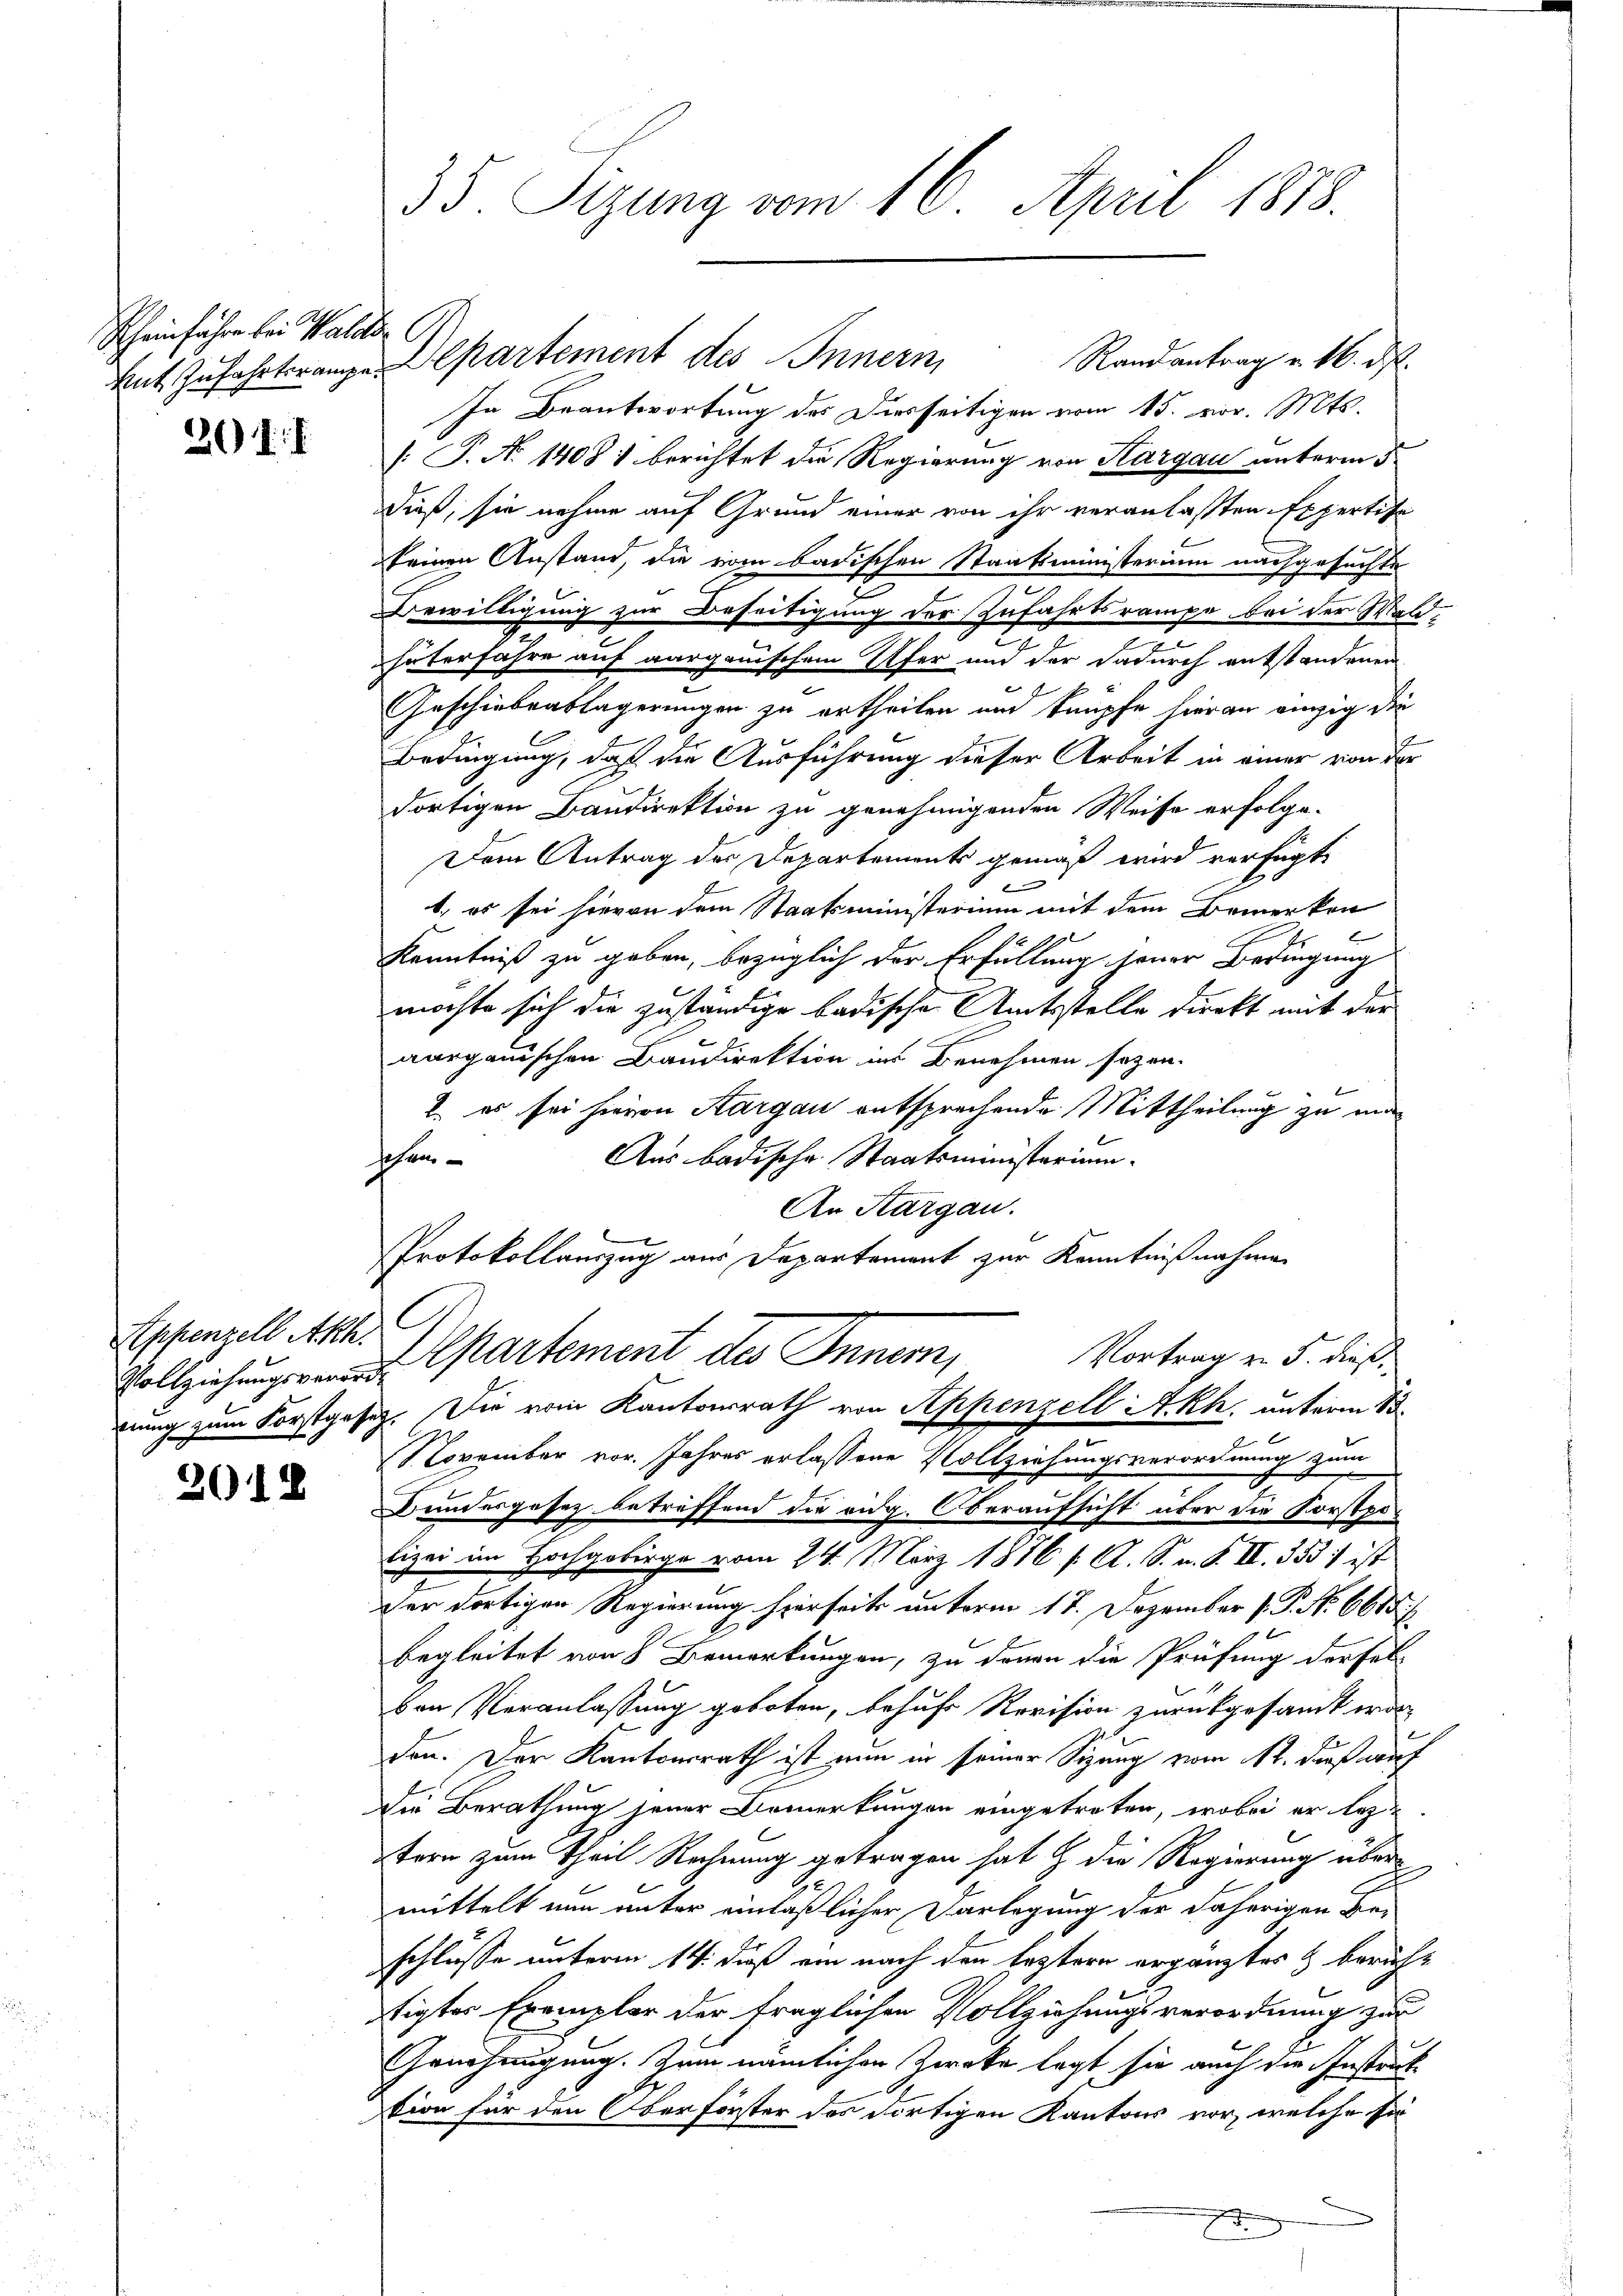
Rheinfahre bei Walde

20). I

Appenzell Akh.

201.

.

35. Sizung vom 16. April 1878.

Randantrag u. 16. ds.
In Beantwortung des Diesseitigen vom 15. vor. Mts.
[: P. No 1408. berichtet die Regierung von Sargau unterm 5.
dieß, sie nahme auf Grund einer von ihr veranlaßten Expertisa
keinen Anstand, die vom badischen Staatsministerium nachgesuchte
Bewilligung zur Beseitigung der Zufahrtsrampe bei der Wald-
häterfahre auf aargauischem Ufer und der dadurch entstandenen
Geschiebenslagerungen zu ertheilen und knüpfe hieran einzig die
Bedingung, daß die Ausführung dieser Arbeit in einer von der
dortigen Bandirektion zu genehmigenden Weise erfolge-
Dem Antrag der Departements gemäß wird verfügt
f
1, er sei hievon dem Staatsministerium mit dem Bemerken
Kenntniß zu geben, bezüglich der Erfüllung jener Bedingung
möchte sich die zuständige badische Amtsstelle direkt mit der
aargauischen Baudirektion ins Benehmen sogen.
2. es sei hievon Aargau entsprechende Mittheilung zu ma¬
Aus badische Staatsministerium.
schein¬
An Kargau.

Protokollauszug aus Departement zur Kenntnißnahme
C
Vortrag v. J. dieß,
Vollziehung der Partement des Inner,
zung zum Forstgesetz. Die vom Kantonsrath von Appenzell A.Rh. unterm 13.
2
November vor. Jahres erlassene Vollziehungsverordnung zum
.
Bundesgesez betreffend die eidg. Oberaufsicht über die Forstpolizei im Hochgebirge vom 24. März 1876 f. A. S. n. F. II. 3531 ist
der dortigen Regierung hierseits unterm 17. Dezember P. P. Nr. 6688/
begleitet von 8 Bemerkungen, zu denen die Prüfung derfel
ven Veranlassung geboten, behuf Revision zurückgesandt war,
den. Der Kantonsrath ist nun in seiner Sigung vom 1. daß auch
Die Berathung jener Bemerkungen eingetreten, wobei er leztern zum Theil Rechnung getragen hat & die Regierung übermittelt nun unter einläßlicher Darlegung der daherigen Be-
schlüsse unterm 14. daß ein nach den leztern ergänztes & bericht
tigtes Exemplar der fraglichen Vollziehungsverordnung zur
Genehmigung. Zum nämlichen Zwecke legt, sie auch die Instruk
tion für den Oberförster des dortigen Kantons vor, welche se

Ant. Zufahrtrange Departement des Innern,